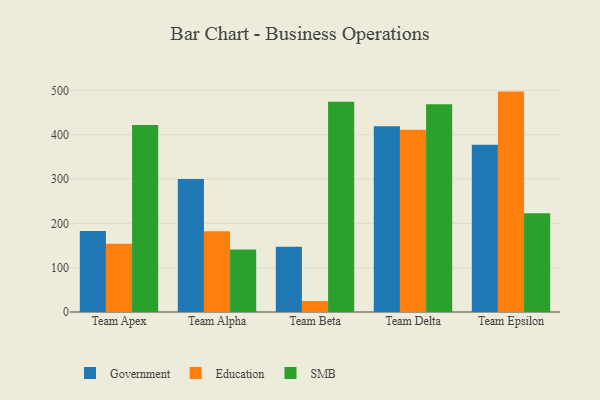
{"axis": {"x": "Team", "y": "Revenue (USD Million)"}, "legend": ["Education", "Government", "SMB"], "data": [{"x": "Team Apex", "y": 182.9, "type": "Government"}, {"x": "Team Apex", "y": 154.1, "type": "Education"}, {"x": "Team Apex", "y": 421.8, "type": "SMB"}, {"x": "Team Alpha", "y": 300.1, "type": "Government"}, {"x": "Team Alpha", "y": 182.0, "type": "Education"}, {"x": "Team Alpha", "y": 141.2, "type": "SMB"}, {"x": "Team Beta", "y": 147.5, "type": "Government"}, {"x": "Team Beta", "y": 24.8, "type": "Education"}, {"x": "Team Beta", "y": 474.4, "type": "SMB"}, {"x": "Team Delta", "y": 419.0, "type": "Government"}, {"x": "Team Delta", "y": 411.3, "type": "Education"}, {"x": "Team Delta", "y": 468.5, "type": "SMB"}, {"x": "Team Epsilon", "y": 377.4, "type": "Government"}, {"x": "Team Epsilon", "y": 497.3, "type": "Education"}, {"x": "Team Epsilon", "y": 222.8, "type": "SMB"}]}